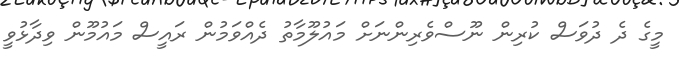
މީގެ ދެ ދުވަސް ކުރިން ނޫސްވެރިންނަށް މައުލޫމާތު ދެއްވަމުން ރައީސް މައުމޫން ވިދާޅުވީ